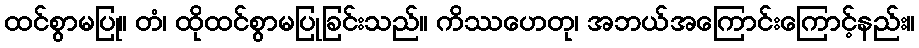
ထင်စွာမပြု။ တံ၊ ထိုထင်စွာမပြုခြင်းသည်။ ကိဿဟေတု၊ အဘယ်အကြောင်းကြောင့်နည်း။